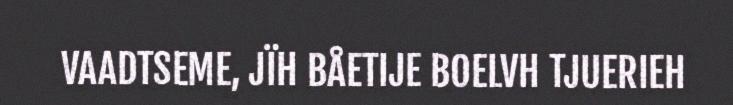
VAADTSEME, JÏH BÅETIJE BOELVH TJUERIEH